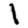
Digit: 1